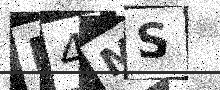
Text: N4MS